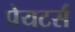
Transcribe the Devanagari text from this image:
प्रेयटर्स